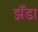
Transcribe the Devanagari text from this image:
झँडा